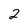
Character: 2